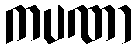
ကပဏာ